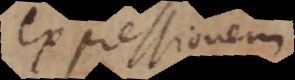
expressionem